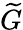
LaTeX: \widetilde G